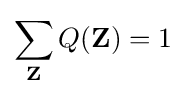
\sum _{\mathbf {Z} }Q(\mathbf {Z} )=1